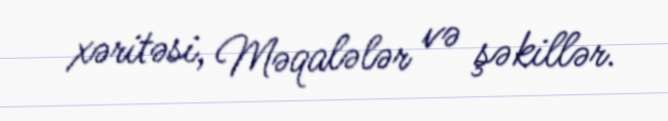
xəritəsi, Məqalələr və şəkillər.